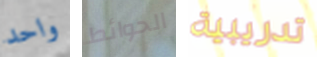
واحد الحوائط تدريبية